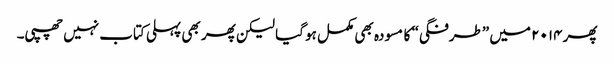
پھر ۲۰۱۴ میں ”طرفگی“ کا مسودہ بھی مکمل ہو گیا لیکن پھر بھی پہلی کتاب نہیں چھپی۔